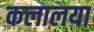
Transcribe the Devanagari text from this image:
कलालया